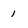
Character: 1